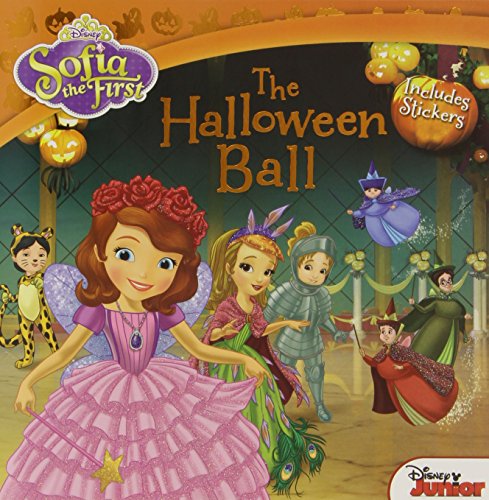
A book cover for Sofia the First The Halloween Ball: Includes Stickers; Disney Book Group; Children's Books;